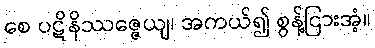
စေ ပဋိနိဿဇ္ဇေယျ၊ အကယ်၍ စွန့်ငြားအံ့။